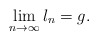
\begin{align*} \lim_{n\rightarrow \infty} l_n=g.\end{align*}